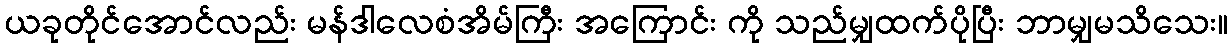
ယခုတိုင်အောင်လည်း မန်ဒါလေစံအိမ်ကြီး အကြောင်း ကို သည်မျှထက်ပိုပြီး ဘာမျှမသိသေး။